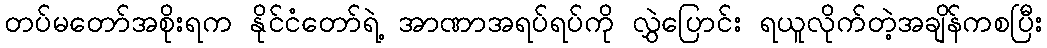
တပ်မတော်အစိုးရက နိုင်ငံတော်ရဲ့ အာဏာအရပ်ရပ်ကို လွှဲပြောင်း ရယူလိုက်တဲ့အချိန်ကစပြီး